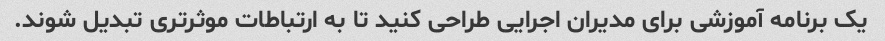
یک برنامه آموزشی برای مدیران اجرایی طراحی کنید تا به ارتباطات موثرتری تبدیل شوند.